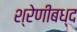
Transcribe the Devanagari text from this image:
श्रेणीबध्द